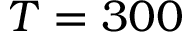
T = 3 0 0